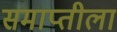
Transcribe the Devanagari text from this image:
समाप्तीला